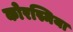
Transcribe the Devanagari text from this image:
कोरस्मिया